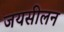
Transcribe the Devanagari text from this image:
जयसीलन